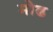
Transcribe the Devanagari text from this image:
मोढ